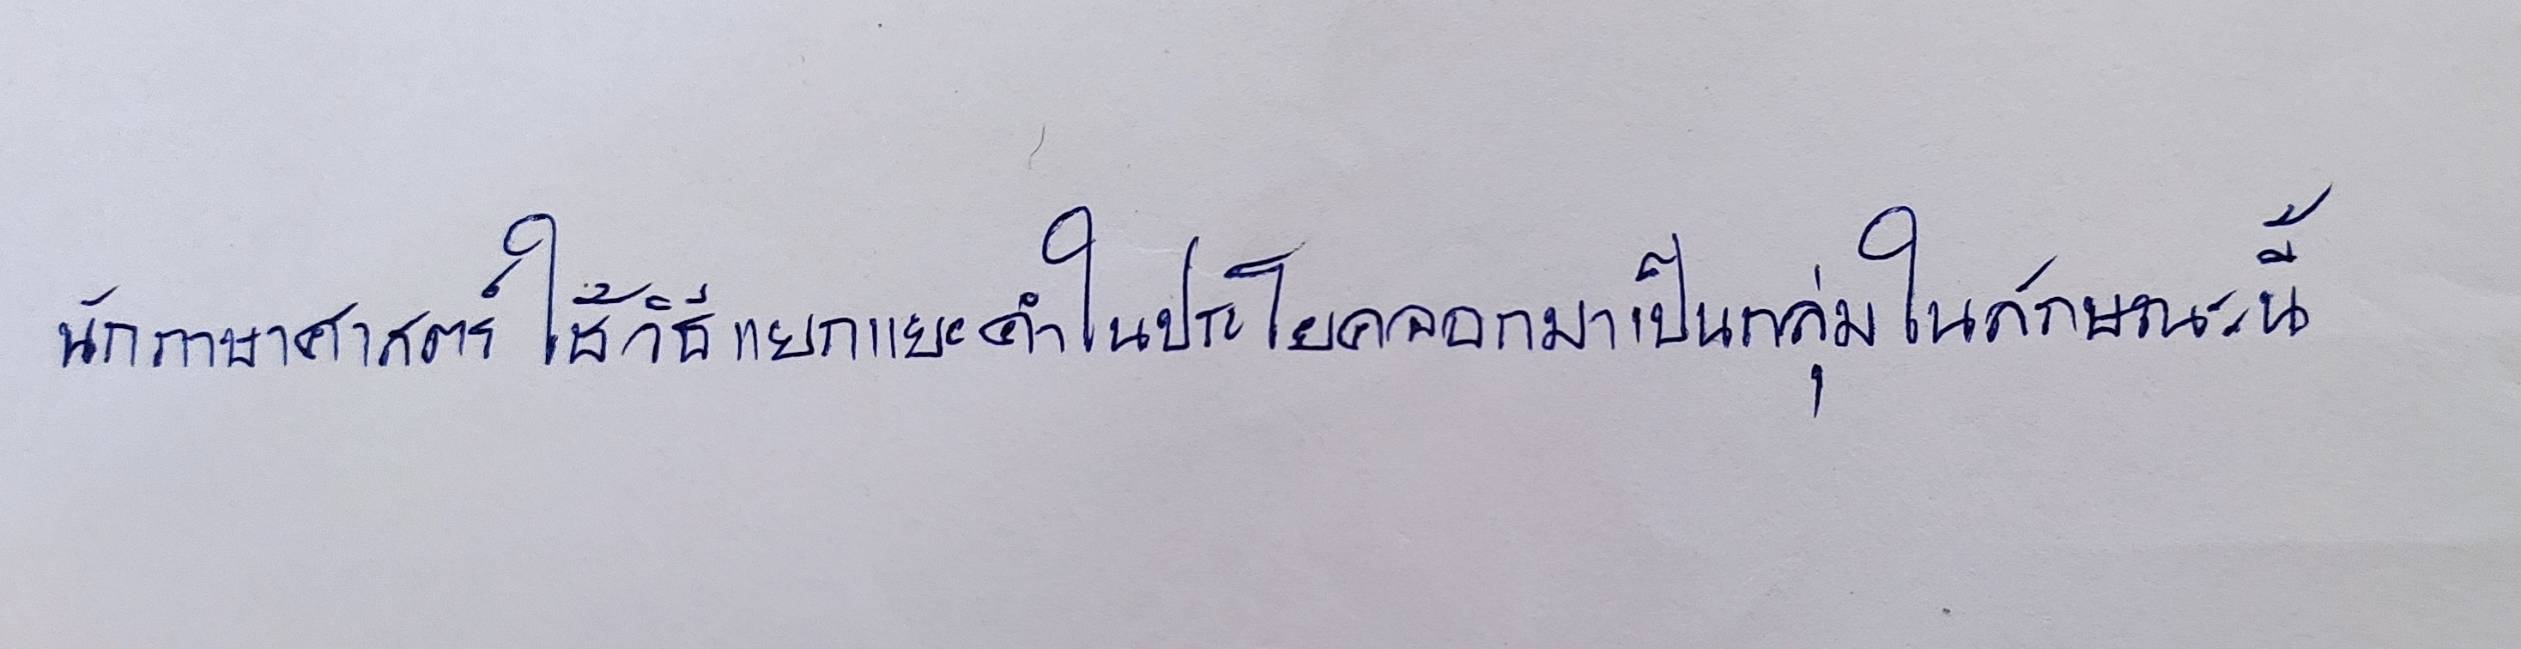
นักภาษาศาสตร์ใช้วิธีแยกแยะคำในประโยคออกมาเป็นกลุ่มในลักษณะนี้